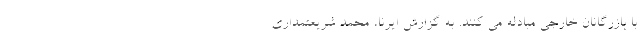
با بازرگانان خارجی مبادله می کنند. به گزارش ایرنا، محمد شریعتمداری